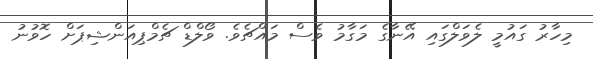
މިހާރު ގައުމީ ލެވަލްގައި އޭނާގެ މަގާމު ވެސް މައްޗެވެ. ވޯލްޑް ޗެމްޕިއަންޝިޕަށް ހޮވުނު